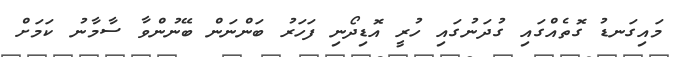
މައިގަނޑު ގޮތެއްގައި ގުދަނުގައި ހުރީ އޮޑިދޯނި ފަހަރު ބަންނަން ބޭނުންވާ ސާމާނު ކަމަށް